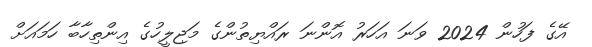
އޭގެ ފަހުން 2024 ވަނަ އަހަރު އޮންނަ ރައްޔިތުންގެ މަޖިލީހުގެ އިންތިހާބާ ހަމައަށް